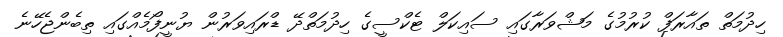
ހިދުމަތް ތައާރަފް ކުރުމުގެ މަޝްވަރާގައި ސައިކަލް ޓެކްސީގެ ހިދުމަތްދޭ ޑްރައިވަރުން ޔުނީފޯމެއްގައި ތިބެންޖެހޭނެ